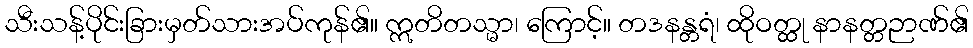
သီးသန့်ပိုင်းခြားမှတ်သားအပ်ကုန်၏။ ဣတိတသ္မာ၊ ကြောင့်။ တဒနန္တရံ၊ ထိုဝတ္ထု နာနတ္တဉာဏ်၏